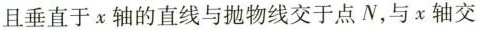
且垂直于x轴的直线与抛物线交于点N，与x轴交